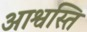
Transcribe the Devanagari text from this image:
आश्वस्ति